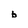
Character: b